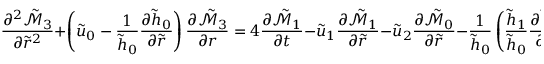
\frac { \partial ^ { 2 } \tilde { \mathcal { M } } _ { 3 } } { \partial \tilde { r } ^ { 2 } } + \left( \tilde { u } _ { 0 } - \frac { 1 } { \tilde { h } _ { 0 } } \frac { \partial \tilde { h } _ { 0 } } { \partial \tilde { r } } \right) \frac { \partial \tilde { \mathcal { M } } _ { 3 } } { \partial r } = 4 \frac { \partial \tilde { \mathcal { M } } _ { 1 } } { \partial t } - \tilde { u } _ { 1 } \frac { \partial \tilde { \mathcal { M } } _ { 1 } } { \partial \tilde { r } } - \tilde { u } _ { 2 } \frac { \partial \tilde { \mathcal { M } } _ { 0 } } { \partial \tilde { r } } - \frac { 1 } { \tilde { h } _ { 0 } } \left( \frac { \tilde { h } _ { 1 } } { \tilde { h } _ { 0 } } \frac { \partial \tilde { h } _ { 0 } } { \partial \tilde { r } } - \frac { \partial \tilde { h } _ { 1 } } { \partial \tilde { r } } \right) \frac { \partial \tilde { \mathcal { M } } _ { 0 } } { \partial \tilde { r } } - \frac { \partial \tilde { \mathcal { M } } _ { 0 } } { \partial \tilde { r } } = : \mathcal { V } ( \tilde { r } , t )